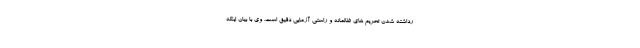
رداشته شدن تحریم های ظالمانه و راستی آزمایی دقیق است. وی با بیان اینکه